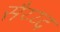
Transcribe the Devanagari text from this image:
सैय्य्द